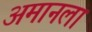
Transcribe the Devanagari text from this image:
अमानला